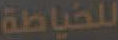
للخياطة